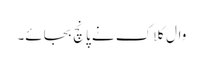
وال کلاک نے پانچ بجائے۔